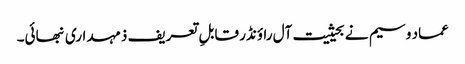
عماد وسیم نے بحیثیت آل راؤنڈر قابلِ تعریف ذمہداری نبھائی۔